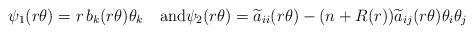
LaTeX: \begin{align*}\psi_1(r\theta)=r\,b_k(r\theta)\theta_k \quad\hbox{and}\psi_2(r\theta)=\widetilde a_{ii}(r\theta)-(n+R(r))\widetilde a_{ij}(r\theta)\theta_i\theta_j\end{align*}